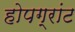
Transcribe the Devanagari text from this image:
होपग्रांट